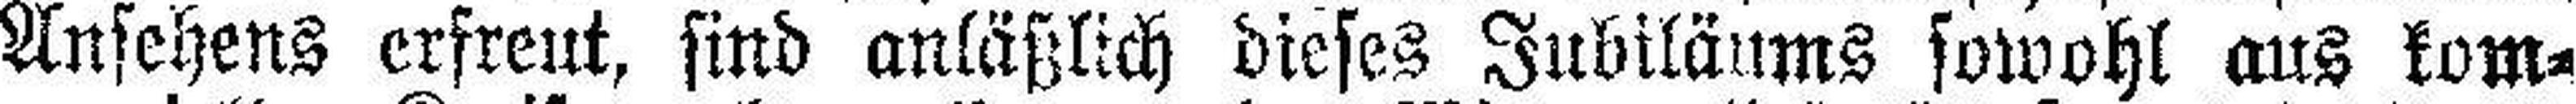
Ansehens erfreut, sind anläßlich dieses Jubiläums sowohl aus kom¬